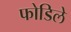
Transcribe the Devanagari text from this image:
फोडिले